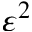
\varepsilon ^ { 2 }